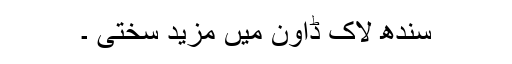
سندھ لاک ڈاون میں مزید سختی ۔